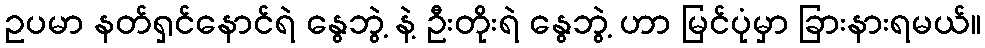
ဥပမာ နတ်ရှင်နောင်ရဲ နွေဘွဲ့ နဲ့ ဦးတိုးရဲ နွေဘွဲ့ ဟာ မြင်ပုံမှာ ခြားနားရမယ်။